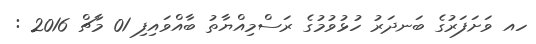
ހއ ވަށަފަރުގެ ބަނދަރު ހުޅުވުމުގެ ރަސްމިއްޔާތު ބާއްވައިފި 01 މާޗް 2016 :